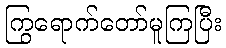
ကြွရောက်တော်မူကြပြီး